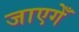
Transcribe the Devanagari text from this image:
जाएगेँ